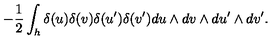
- { \frac { 1 } { 2 } } \int _ { h } \delta ( u ) \delta ( v ) \delta ( u ^ { \prime } ) \delta ( v ^ { \prime } ) d u \wedge d v \wedge d u ^ { \prime } \wedge d v ^ { \prime } .